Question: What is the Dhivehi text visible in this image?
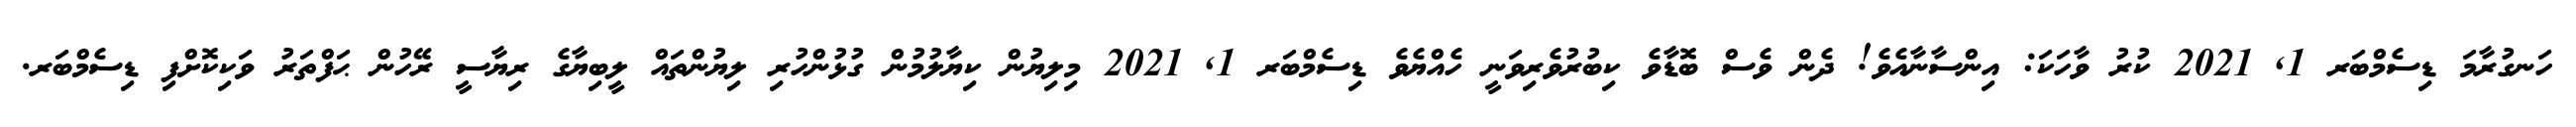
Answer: ހަނގުރާމަ ޑިސެމްބަރ 1, 2021 ކުރު ވާހަކަ: އިންސާނާއެވެ! ދެން ވެސް ބޮޑާވެ ކިބުރުވެރިވަނީ ހެއްޔެވެ ޑިސެމްބަރ 1, 2021 މިލިޔުން ކިޔާލުމުން ގުޅުންހުރި ލިޔުންތައް ލީބިޔާގެ ރިޔާސީ ރޭހުން ޙަފްތަރު ވަކިކޮށްފި ޑިސެމްބަރ.